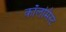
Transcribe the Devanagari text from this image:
कॉलमिस्ट